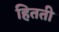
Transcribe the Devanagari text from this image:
हितती